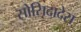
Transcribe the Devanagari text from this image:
सोसिदादेस